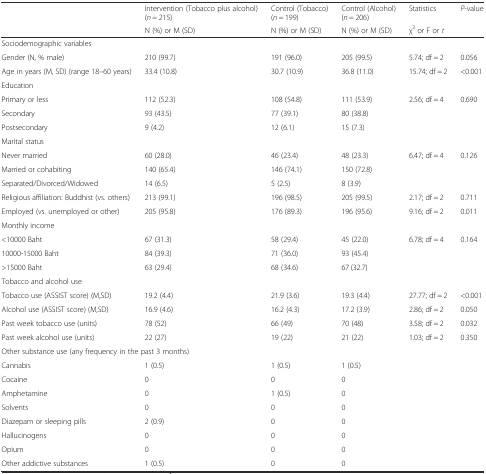
<table><thead><tr><td></td><td><b>Intervention (Tobacco plus alcohol) (<i>n</i> = 215)</b></td><td><b>Control (Tobacco) (<i>n</i> = 199)</b></td><td><b>Control (Alcohol) (<i>n</i> = 206)</b></td><td><b>Statistics</b></td><td><b><i>P</i>-value</b></td></tr><tr><td></td><td><b>N (%) or M (SD)</b></td><td><b>N (%) or M (SD)</b></td><td><b>N (%) or M (SD)</b></td><td><b>χ<sup>2</sup> or F or <i>t</i></b></td><td></td></tr></thead><tbody><tr><td colspan="6">Sociodemographic variables</td></tr><tr><td>Gender (N, % male)</td><td>210 (99.7)</td><td>191 (96.0)</td><td>205 (99.5)</td><td>5.74; df = 2</td><td>0.056</td></tr><tr><td>Age in years (M, SD) (range 18–60 years)</td><td>33.4 (10.8)</td><td>30.7 (10.9)</td><td>36.8 (11.0)</td><td>15.74; df = 2</td><td>&lt;0.001</td></tr><tr><td colspan="6">Education</td></tr><tr><td>Primary or less</td><td>112 (52.3)</td><td>108 (54.8)</td><td>111 (53.9)</td><td rowspan="3">2.56; df = 4</td><td rowspan="3">0.690</td></tr><tr><td>Secondary</td><td>93 (43.5)</td><td>77 (39.1)</td><td>80 (38.8)</td></tr><tr><td>Postsecondary</td><td>9 (4.2)</td><td>12 (6.1)</td><td>15 (7.3)</td></tr><tr><td colspan="6">Marital status</td></tr><tr><td>Never married</td><td>60 (28.0)</td><td>46 (23.4)</td><td>48 (23.3)</td><td rowspan="3">6.47; df = 4</td><td rowspan="3">0.126</td></tr><tr><td>Married or cohabiting</td><td>140 (65.4)</td><td>146 (74.1)</td><td>150 (72.8)</td></tr><tr><td>Separated/Divorced/Widowed</td><td>14 (6.5)</td><td>5 (2.5)</td><td>8 (3.9)</td></tr><tr><td>Religious affiliation: Buddhist (vs. others)</td><td>213 (99.1)</td><td>196 (98.5)</td><td>205 (99.5)</td><td>2.17; df = 2</td><td>0.711</td></tr><tr><td>Employed (vs. unemployed or other)</td><td>205 (95.8)</td><td>176 (89.3)</td><td>196 (95.6)</td><td>9.16; df = 2</td><td>0.011</td></tr><tr><td colspan="6">Monthly income</td></tr><tr><td>&lt;10000 Baht</td><td>67 (31.3)</td><td>58 (29.4)</td><td>45 (22.0)</td><td rowspan="3">6.78; df = 4</td><td rowspan="3">0.164</td></tr><tr><td>10000-15000 Baht</td><td>84 (39.3)</td><td>71 (36.0)</td><td>93 (45.4)</td></tr><tr><td>&gt;15000 Baht</td><td>63 (29.4)</td><td>68 (34.6)</td><td>67 (32.7)</td></tr><tr><td colspan="6">Tobacco and alcohol use</td></tr><tr><td>Tobacco use (ASSIST score) (M,SD)</td><td>19.2 (4.4)</td><td>21.9 (3.6)</td><td>19.3 (4.4)</td><td>27.77; df = 2</td><td>&lt;0.001</td></tr><tr><td>Alcohol use (ASSIST score) (M,SD)</td><td>16.9 (4.6)</td><td>16.2 (4.3)</td><td>17.2 (3.9)</td><td>2.86; df = 2</td><td>0.050</td></tr><tr><td>Past week tobacco use (units)</td><td>78 (52)</td><td>66 (49)</td><td>70 (48)</td><td>3.58; df = 2</td><td>0.032</td></tr><tr><td>Past week alcohol use (units)</td><td>22 (27)</td><td>19 (22)</td><td>21 (22)</td><td>1.03; df = 2</td><td>0.350</td></tr><tr><td colspan="6">Other substance use (any frequency in the past 3 months)</td></tr><tr><td>Cannabis</td><td>1 (0.5)</td><td>1 (0.5)</td><td>1 (0.5)</td><td></td><td></td></tr><tr><td>Cocaine</td><td>0</td><td>0</td><td>0</td><td></td><td></td></tr><tr><td>Amphetamine</td><td>0</td><td>1 (0.5)</td><td>0</td><td></td><td></td></tr><tr><td>Solvents</td><td>0</td><td>0</td><td>0</td><td></td><td></td></tr><tr><td>Diazepam or sleeping pills</td><td>2 (0.9)</td><td>0</td><td>0</td><td></td><td></td></tr><tr><td>Hallucinogens</td><td>0</td><td>0</td><td>0</td><td></td><td></td></tr><tr><td>Opium</td><td>0</td><td>0</td><td>0</td><td></td><td></td></tr><tr><td>Other addictive substances</td><td>1 (0.5)</td><td>0</td><td>0</td><td></td><td></td></tr></tbody></table>